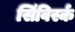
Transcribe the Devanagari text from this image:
सिंविर्स्क